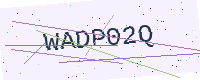
Text: WADP02Q